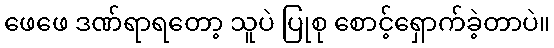
ဖေဖေ ဒဏ်ရာရတော့ သူပဲ ပြုစု စောင့်ရှောက်ခဲ့တာပဲ။